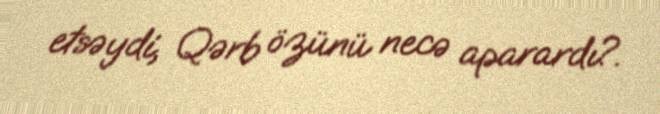
etsəydi, Qərb özünü necə aparardı?.